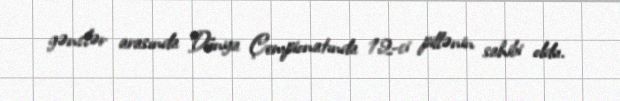
gənclər arasında Dünya Çempionatında 12-ci pillənin sahibi oldu.